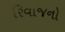
રિવાજનો